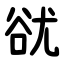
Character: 㞃